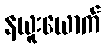
နယူးယောက်